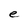
Character: e